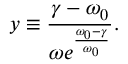
y \equiv \frac { \gamma - \omega _ { 0 } } { \omega e ^ { \frac { \omega _ { 0 } - \gamma } { \omega _ { 0 } } } } .